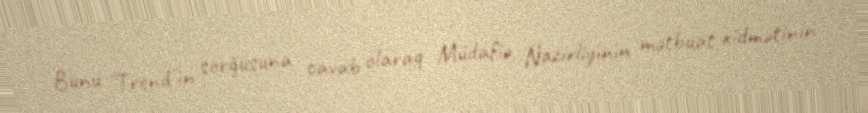
Bunu "Trend"in sorğusuna cavab olaraq Müdafiə Nazirliyinin mətbuat xidmətinin